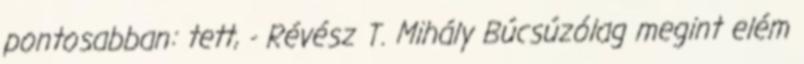
pontosabban: tett, - Révész T. Mihály Búcsúzólag megint elém